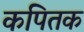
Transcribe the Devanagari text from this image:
कपितक